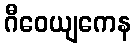
ဂီဝေယျကေန